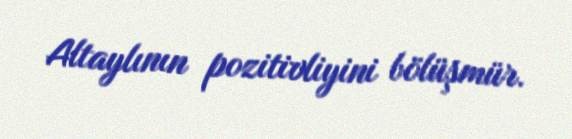
Altaylının pozitivliyini bölüşmür.